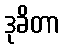
ဒုခိတာ